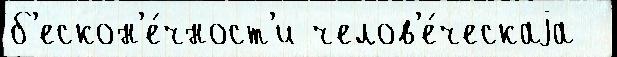
б'ескон'е́чност'и челов'е́ческаjа